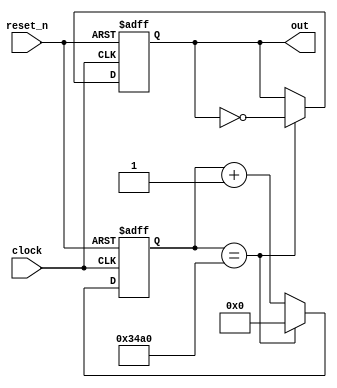
module frequency_generator
#
(
    parameter clock_frequency          = 50000000,  // 50 MHz
              output_frequency_mul_100 = 26163      // Частота ноты До   первой октавы * 100
                                                    // C4 frequency * 100
)
(
    input      clock,
    input      reset_n,
    output reg out
);

    parameter [31:0] period_in_cycles
        = clock_frequency * 100 / output_frequency_mul_100;

    reg [15:0] counter;

    always @(posedge clock or negedge reset_n)
    begin
        if (! reset_n)
        begin
            counter <= 16'b0;
            out     <= 1'b0;
        end
        else
        begin
            if (counter == period_in_cycles / 2 - 1)
            begin
                out     <= ! out;
                counter <= 16'b0;
            end
            else
            begin
                counter <= counter + 16'b1;
            end
        end
    end

endmodule
module top
(
    input         clock,
    input         reset_n,
    input  [ 3:0] key,
    input  [ 9:0] sw,
    output [ 9:0] led,
    output [ 6:0] hex0,
    output [ 6:0] hex1,
    output [ 6:0] hex2,
    output [ 6:0] hex3,
    output [ 6:0] hex4,
    output [ 6:0] hex5,
    inout  [35:0] gpio_0,
    inout  [35:0] gpio_1
);

    parameter clock_frequency      = 50000000;

    parameter frequency_c4_mul_100 = 26163,  // Частота ноты До первой октавы * 100
                                             // C4 frequency * 100
                                             
              frequency_e4_mul_100 = 32963,  // Частота ноты Ми первой октавы * 100
                                             // E4 frequency * 100
                                             
              frequency_g4_mul_100 = 39200;  // Частота ноты Соль первой октавы * 100
                                             // G4 frequency * 100
    
    wire button_c4 = ~ key [3];
    wire button_e4 = ~ key [2];
    wire button_g4 = ~ key [1];
    wire buzzer    = ~ key [0];

    wire note_c4, note_e4, note_g4;

    frequency_generator
    # (
        .clock_frequency          ( clock_frequency      ),
        .output_frequency_mul_100 ( frequency_c4_mul_100 )
    )
    (
        .clock   ( clock     ),
        .reset_n ( button_c4 ),
        .out     ( note_c4   )
    );

    frequency_generator
    # (
        .clock_frequency          ( clock_frequency      ),
        .output_frequency_mul_100 ( frequency_e4_mul_100 )
    )
    (
        .clock   ( clock     ),
        .reset_n ( button_e4 ),
        .out     ( note_e4   )
    );

    frequency_generator
    # (
        .clock_frequency          ( clock_frequency      ),
        .output_frequency_mul_100 ( frequency_g4_mul_100 )
    )
    (
        .clock   ( clock     ),
        .reset_n ( button_g4 ),
        .out     ( note_g4   )
    );

    assign gpio_1 [35] = note_c4 | note_e4 | note_g4;
    assign gpio_1 [ 1] = buzzer;
                 
endmodule